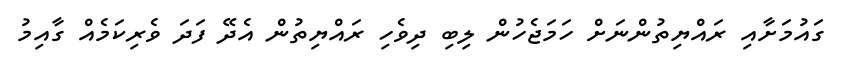
ގައުމަށާއި ރައްޔިތުންނަށް ހަމަޖެހުން ލިބި ދިވެހި ރައްޔިތުން އެދޭ ފަދަ ވެރިކަމެއް ގާއިމު